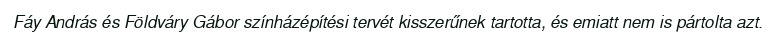
Fáy András és Földváry Gábor színházépítési tervét kisszerűnek tartotta, és emiatt nem is pártolta azt.